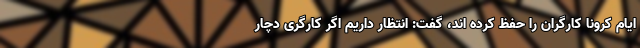
ایام کرونا کارگران را حفظ کرده اند، گفت: انتظار داریم اگر کارگری دچار